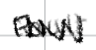
Text: Fault
Cross-out: zig-zag
Writing tool: digital_black